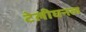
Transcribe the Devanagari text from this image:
टेलीघनत्व